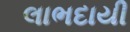
લાભદાયી